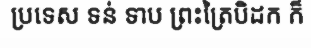
ប្រទេស ទន់ ទាប ព្រះត្រៃបិដក ក៏